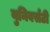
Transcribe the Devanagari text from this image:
युनिवर्सटी